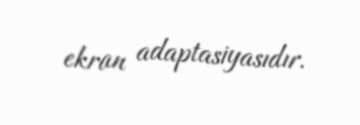
ekran adaptasiyasıdır.